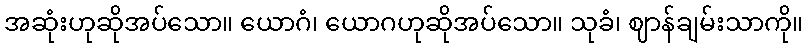
အဆုံးဟုဆိုအပ်သော။ ယောဂံ၊ ယောဂဟုဆိုအပ်သော။ သုခံ၊ ဈာန်ချမ်းသာကို။